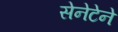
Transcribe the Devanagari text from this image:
सेनेटेने